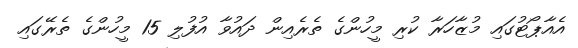
އެއާޕޯޓުގައި މުޒާހަރާ ކުރި މީހުންގެ ތެރެއިން ދައުވާ އުފުލި 15 މީހުންގެ ތެރޭގައި